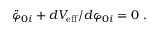
{ \ddot { \varphi } _ { 0 i } } + d V _ { \mathrm { e f f } } / d \varphi _ { 0 i } = 0 \; .